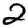
Digit: 2